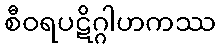
စီဝရပဋိဂ္ဂါဟကဿ